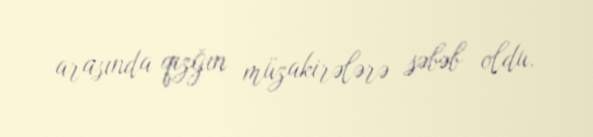
arasında qızğın müzakirələrə səbəb oldu.